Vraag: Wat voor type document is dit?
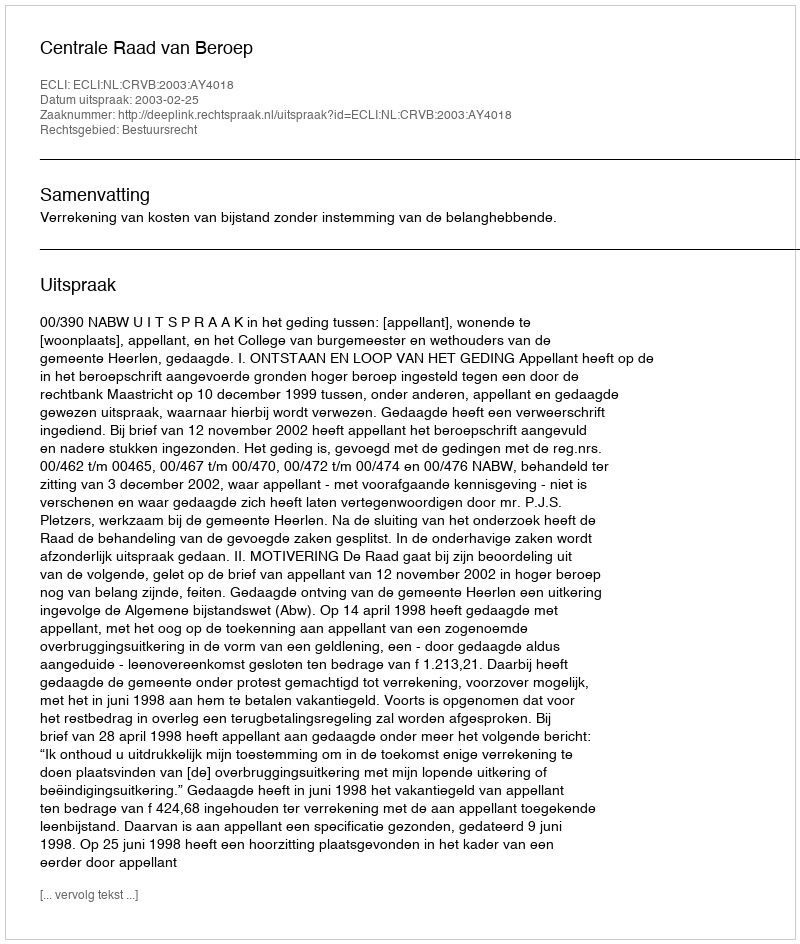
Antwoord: Uitspraak